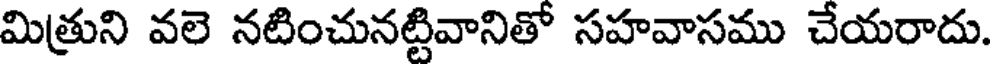
మిత్రుని వలె నటించునట్టివానితో సహవాసము చేయరాదు.